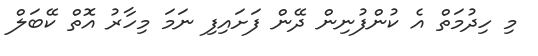
މި ހިދުމަތް އެ ކުންފުނިން ދޭން ފަށައިފި ނަމަ މިހާރު އޮތް ކޭބަލް